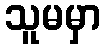
သူမမှာ